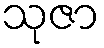
သုဇာ